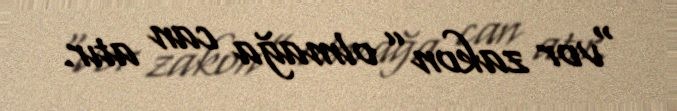
“vor zakon” olmağa can atır.